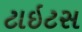
ટાઇટસ